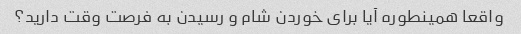
واقعا همینطوره آیا برای خوردن شام و رسیدن به فرصت وقت دارید؟